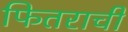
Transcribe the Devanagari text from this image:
फितराची